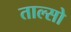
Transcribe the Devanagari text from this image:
ताल्सो